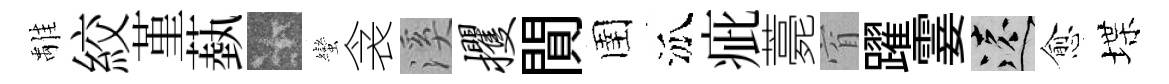
𩀌絞堇蓺卡蠻衾溪攫閴圉泒疵薧窅躍霎遠愈堞